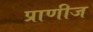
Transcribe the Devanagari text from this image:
प्राणीज